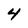
Character: 4